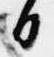
日